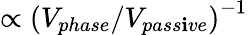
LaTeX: \propto\left(V_{phase}/V_{pass\mathbf{i}ve}\right)^{-1}